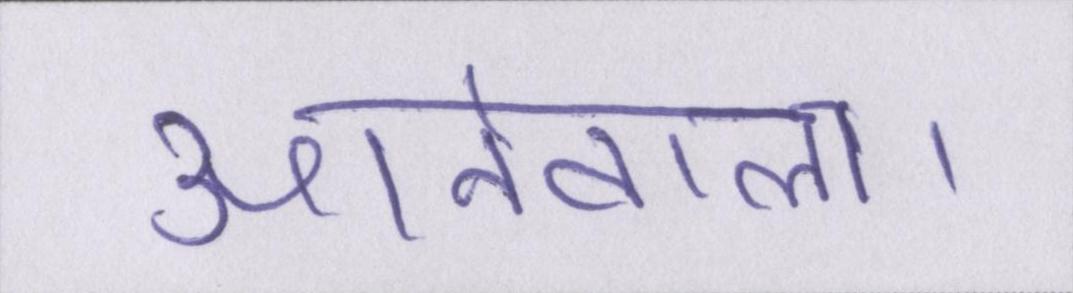
आनेवाला।